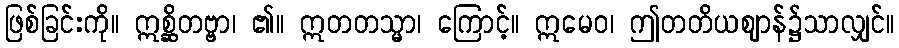
ဖြစ်ခြင်းကို။ ဣစ္ဆိတဗ္ဗာ၊ ၏။ ဣတတသ္မာ၊ ကြောင့်။ ဣမေဝ၊ ဤတတိယဈာန်၌သာလျှင်။